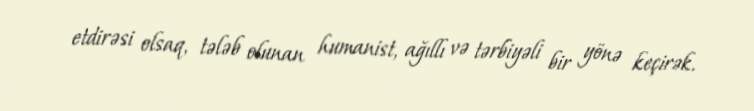
etdirəsi olsaq, tələb olunan humanist, ağıllı və tərbiyəli bir yönə keçirək.